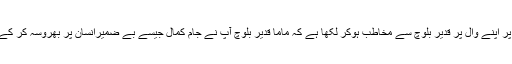
جانثار بلوچ نے فیس بک پر اپنے وال پر قدیر بلوچ سے مخاطب ہوکر لکھا ہے کہ ماما قدیر بلوچ آپ نے جام کمال جیسے بے ضمیرانسان پر بھروسہ کر کے بہت بڑی غلطی کی ہے۔